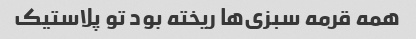
همه قرمه سبزی‌ها ریخته بود تو پلاستیک